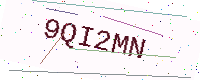
Text: 9QI2MN